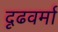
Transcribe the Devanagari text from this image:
दृढवर्मा